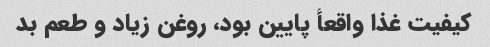
کیفیت غذا واقعأ پایین بود، روغن زیاد و طعم بد